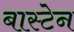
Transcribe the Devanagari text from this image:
बास्टेन